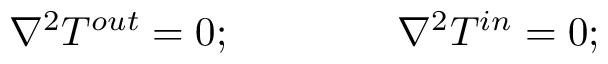
\nabla ^ { 2 } T ^ { o u t } = 0 ; \qquad \qquad \nabla ^ { 2 } T ^ { i n } = 0 ;